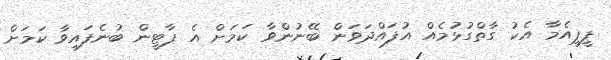
ޕީޕީއެމާ އެކު ގާތްގުޅުމެއް އުފައްދަވަން ބޭނުންވާ ކަމަށް އެ ޕާޓީން ބުނެފައިވާ ކަމަށް